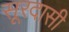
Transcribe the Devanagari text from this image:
सूरदासी